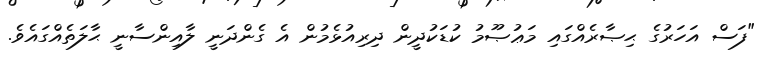
"ފަސް އަހަރުގެ ޙިޞާރެއްގައި މަޢުޞޫމު ކުޑަކުދީން ދިރިއުޅެމުން އެ ގެންދަނީ ލާއިންސާނީ ޙާލަތެއްގައެވެ.